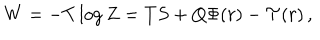
LaTeX: W = - T \log Z = T S + Q \Phi ( r ) - \mathcal { T } ( r ) \, ,